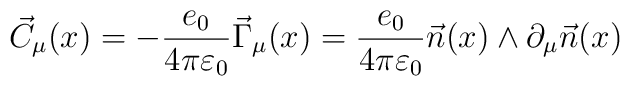
\vec{C}_{\mu}(x)=-\frac{e_0}{4\pi \varepsilon_0} \vec{\Gamma}_{\mu}(x)=\frac{e_0}{4\pi \varepsilon_0}  \vec{n}(x)\wedge\partial_{\mu}\vec{n}(x)